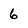
Character: 6